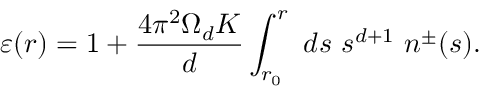
\varepsilon ( r ) = 1 + \frac { 4 \pi ^ { 2 } \Omega _ { d } K } { d } \int _ { r _ { 0 } } ^ { r } ~ d s ~ s ^ { d + 1 } ~ n ^ { \pm } ( s ) .